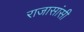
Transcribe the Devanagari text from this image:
राजासांसी